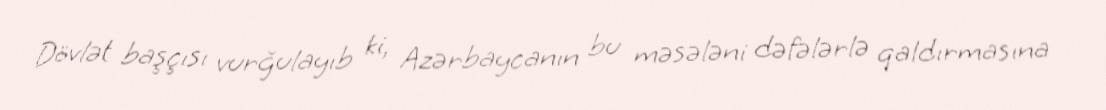
Dövlət başçısı vurğulayıb ki, Azərbaycanın bu məsələni dəfələrlə qaldırmasına